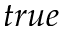
t r u e